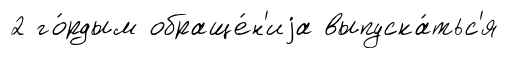
2 го́рдым обраще́н'иjа выпуска́тьс'я